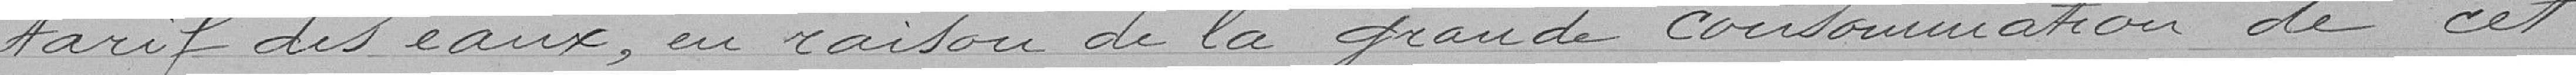
tarif des eaux, en raison de la grande consommation de cet